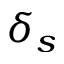
\delta _ { s }